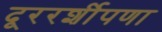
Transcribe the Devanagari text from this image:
दूररर्शीपणा